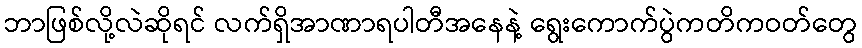
ဘာဖြစ်လို့လဲဆိုရင် လက်ရှိအာဏာရပါတီအနေနဲ့ ရွေးကောက်ပွဲကတိကဝတ်တွေ